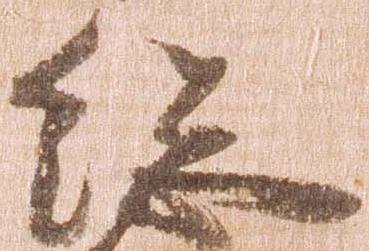
総